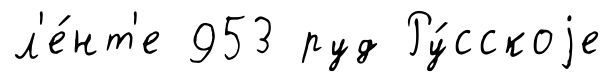
л'е́нт'е 953 руд Ру́сскоjе